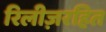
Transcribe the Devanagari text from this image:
रिलीज़रहित